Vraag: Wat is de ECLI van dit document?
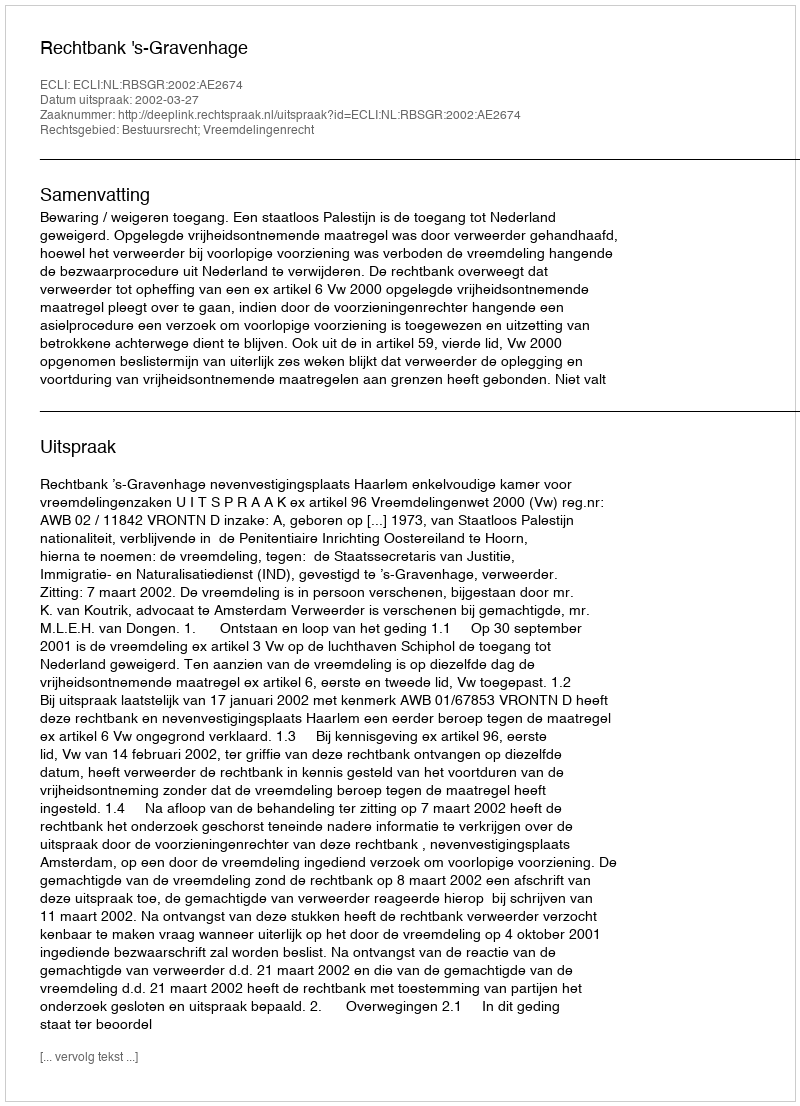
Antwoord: ECLI:NL:RBSGR:2002:AE2674